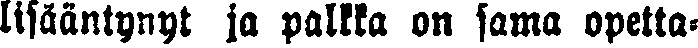
lisääntynyt ja palkka on sama opetta-